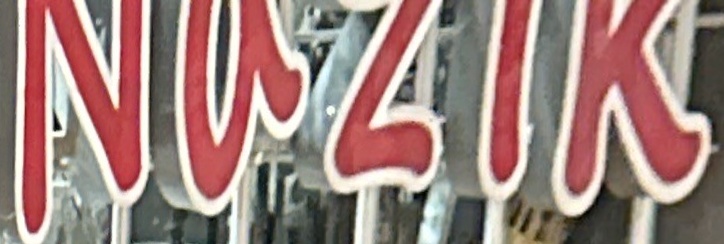
Nazik